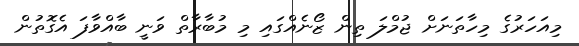
މިއަހަރުގެ މިހާތަނަށް ޖުމްލަ ތިން ޒޯނެއްގައި މި މުބާރާތް ވަނީ ބާއްވާފަ އެގޮތުން